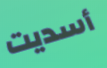
أسديت